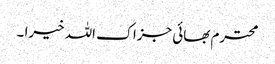
محترم بھائی جزاک اللہ خیرا ۔